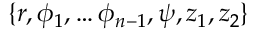
\{ r , \phi _ { 1 } , \ldots \phi _ { n - 1 } , \psi , z _ { 1 } , z _ { 2 } \}